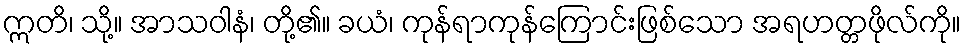
ဣတိ၊ သို့။ အာသဝါနံ၊ တို့၏။ ခယံ၊ ကုန်ရာကုန်ကြောင်းဖြစ်သော အရဟတ္တဖိုလ်ကို။